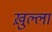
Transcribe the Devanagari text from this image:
ख़ुल्ला